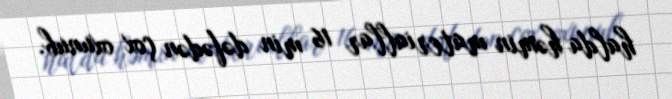
halda həmin materiallar 16 min dəfədən çox oxunub.